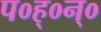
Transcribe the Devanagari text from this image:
प०ह्०न्०